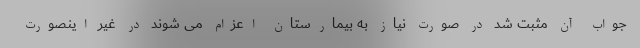
جواب آن مثبت شد در صورت نیاز به بیمارستان اعزام می شوند در غیر اینصورت